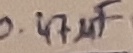
Text: 0.47µF